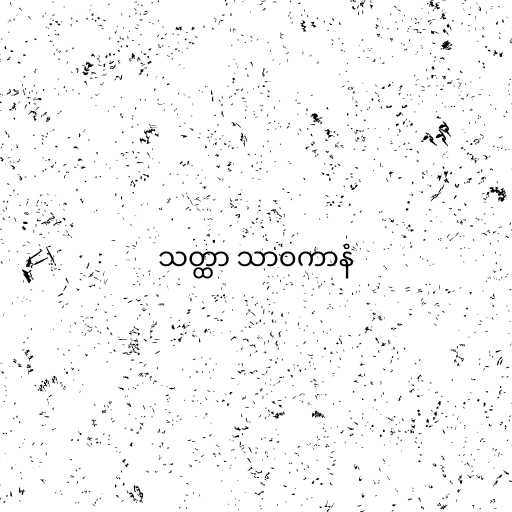
သတ္ထာ သာဝကာနံ